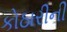
કોઠારીની